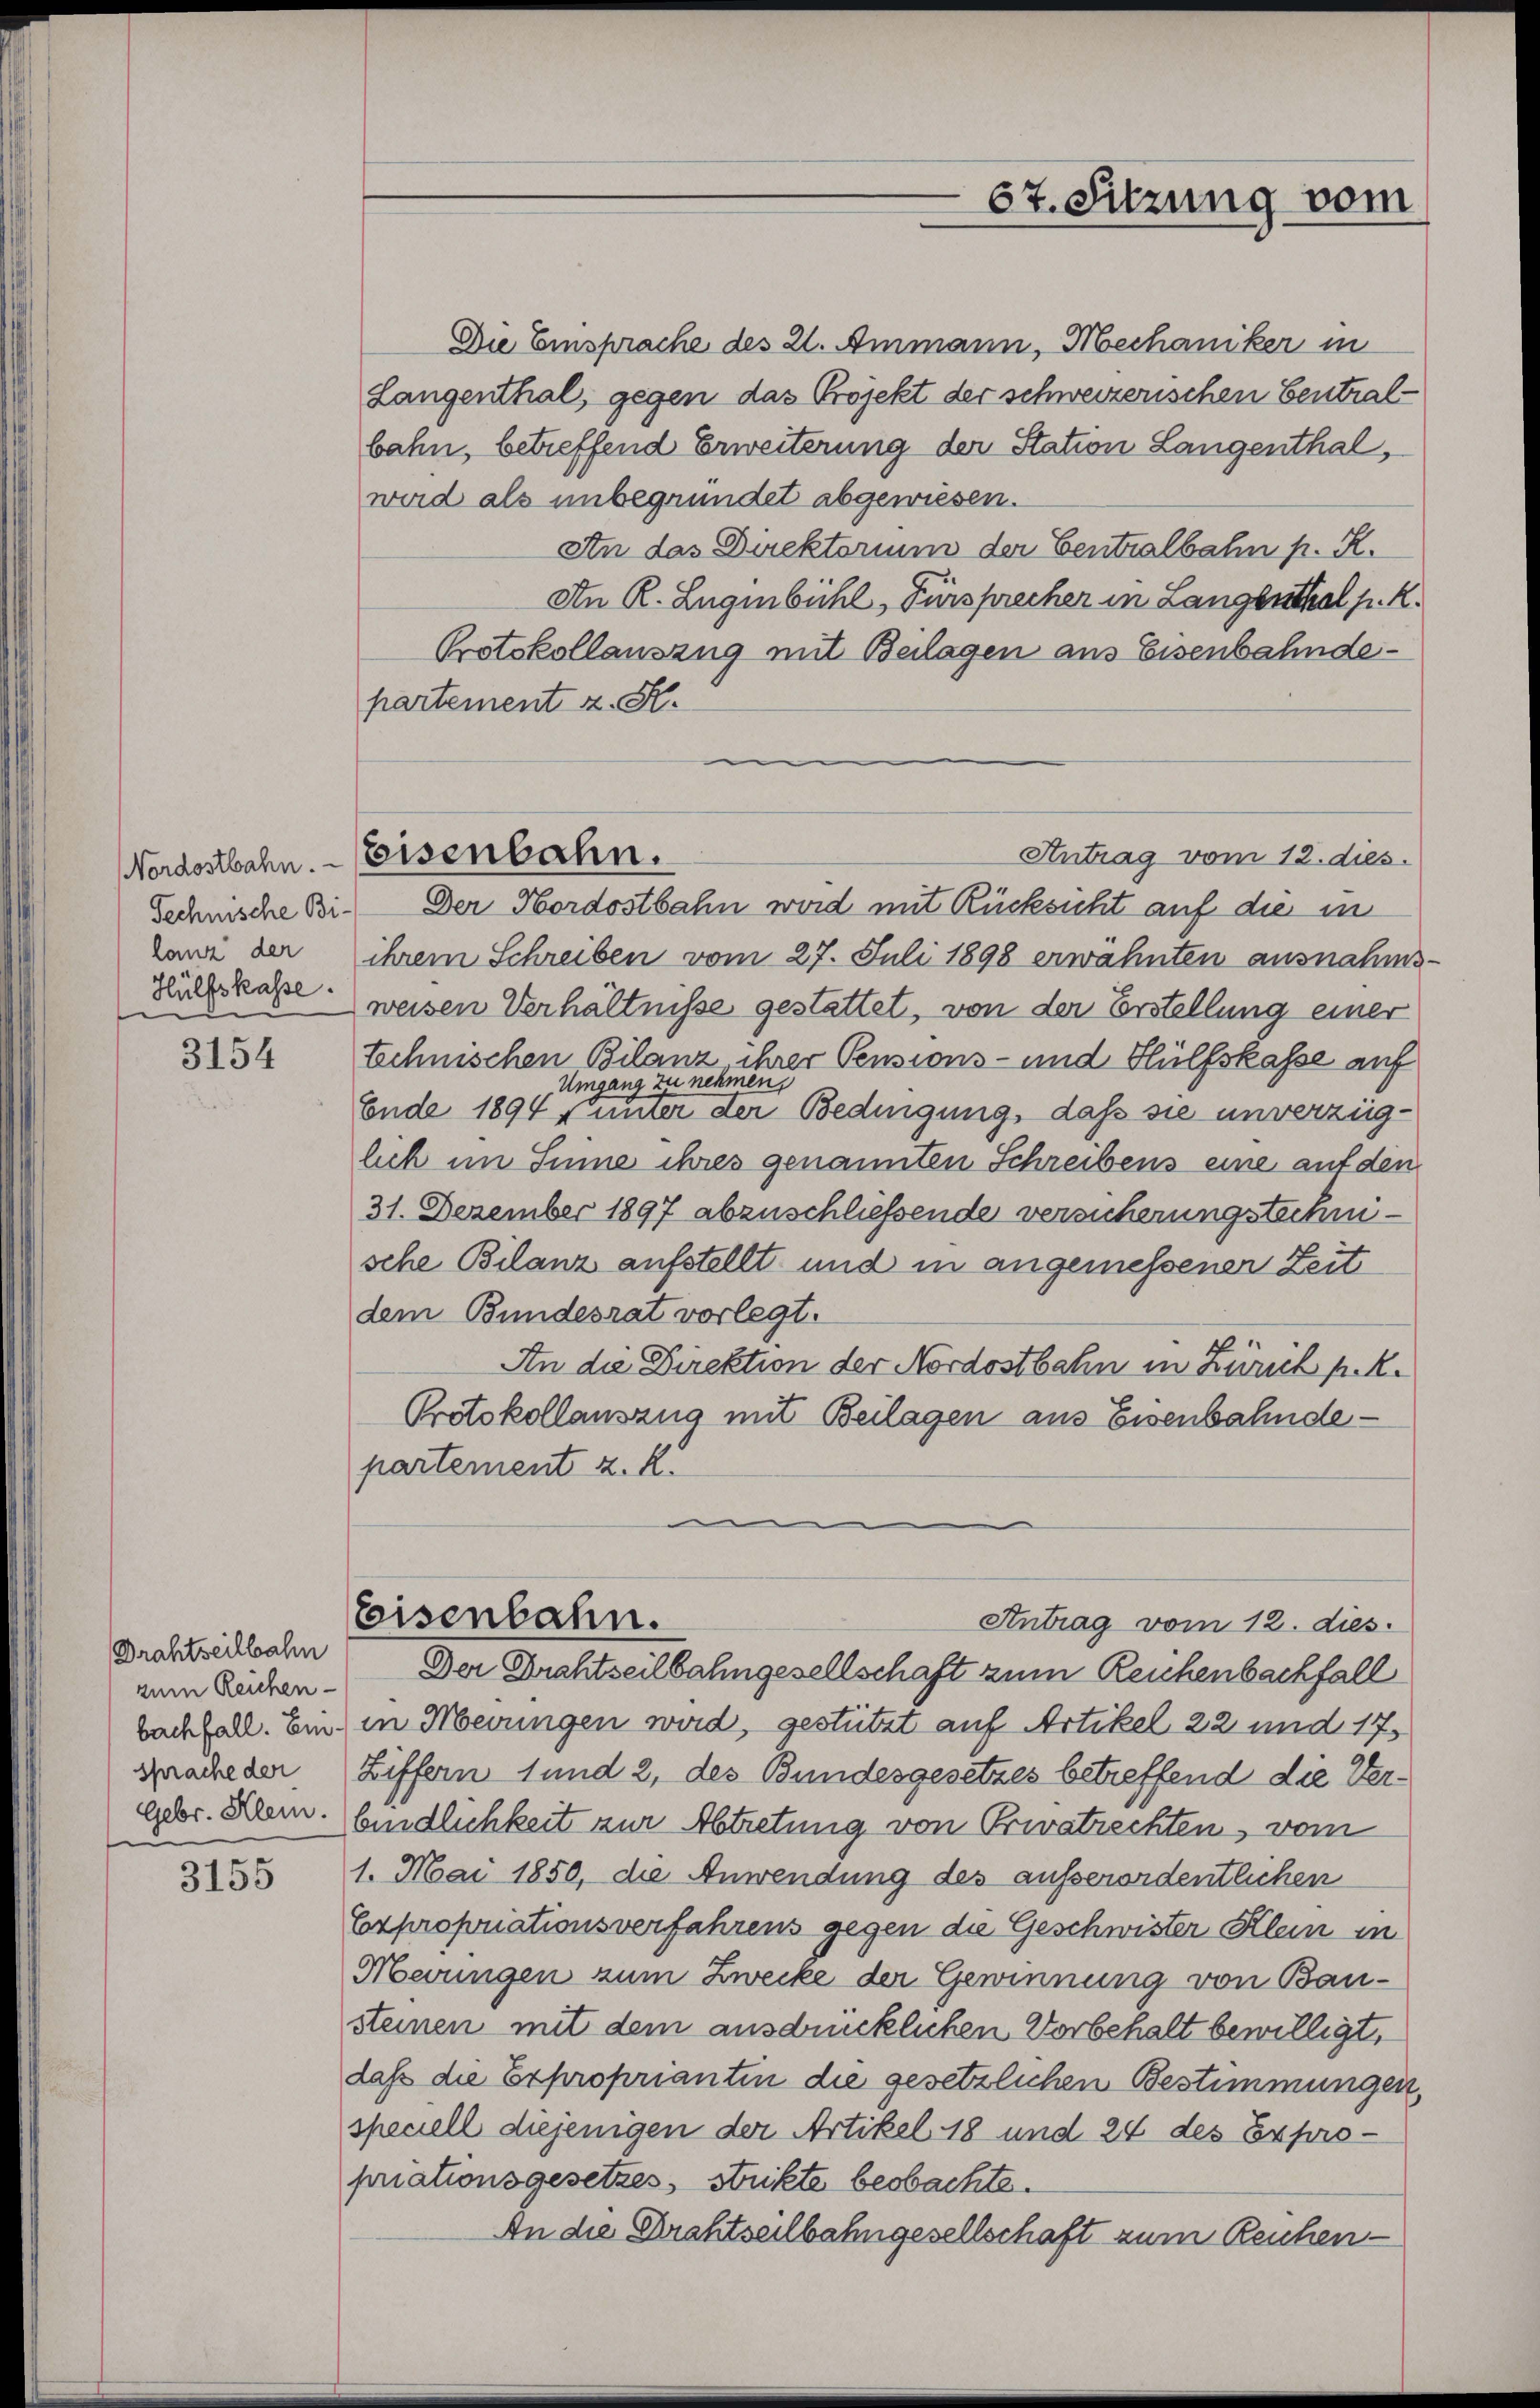
Nordostbahn.
Technische Bi-
lanz der
Hülfskasse.

3154

Drahtseilbahn
zum Reichen-
bachfall. Ein¬
Gebr. Klein.

3155

seisenbahn.

Die Einsprache des 21. Ammann, Mechaniker in
Langenthal, gegen das Projekt der schweizerischen Centralbahn, betreffend Erweiterung der Station Langenthal,
wird als unbegründet abgewiesen.
An das Direktorium der Centralbahn p. R.
An R. Zugenbühl, Fürsprecher in Langenthal p. R.
Protokollauszug mit Beilagen aus Eisenbahndepartement z. K.
Antrag vom 12. dies.
Der Hordostbahn wird mit Rücksicht auf die in
ihrem Schreiben vom 27. Juli 1898 erwähnten ausnahme
weisen Verhältnisse gestattet, von der Erstellung einer
technischen Bilanz ihrer Pensions- und Hülfskasse auf
Umgang zu nehmen,
Ende 1894 f. unter der Bedingung, daß sie unverzüglich im Sinne ihres genannten Schreibens eine auf den
31. Dezember 1897 abzuschließende versicherungstechnische Bilanz aufstellt und in angemessener Zeit
dem Bundesrat vorlegt.
An die Direktion der Nordostbahn in Zürich p. R.
Protokollanszug mit Beilagen aus Eisenbahnde-
partement z. R.
eeisenbahn.
Antrag vom 12. dies
Der Drahtseilbahngesellschaft zum Reichenbachfall
in Merungen wird, gestützt auf Artikel 22 und 17
Grace der Ziffern 1 und 2, des Bundesgesetzes betreffend die Verbindlichkeit zur Abtretung von Privatrechten, vom
1. Mai 1850, die Anwendung des ausserordentlichen
Exproporationsverfahrens gegen die Geschwister Klein in
Merungen zum Zwecke der Gewinnung von Bausteinen mit dem ausdrücklichen Vorbehalt bewilligt,
daß die Exproprianten die gesetzlichen Bestimmungen,
speciell diejenigen der Artikel 18 und 24 des Expropriationsgesetzes, strikte beobachte.
An die Drahtselbahngesellschaft zum Reichen

67. Sitzung vom